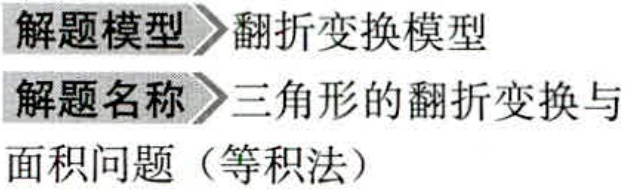
解题模型 翻折变换模型
解题名称 三角形的翻折变换与
面积问题（等积法）